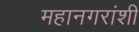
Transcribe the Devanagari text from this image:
महानगरांशी